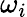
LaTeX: \omega_{i}